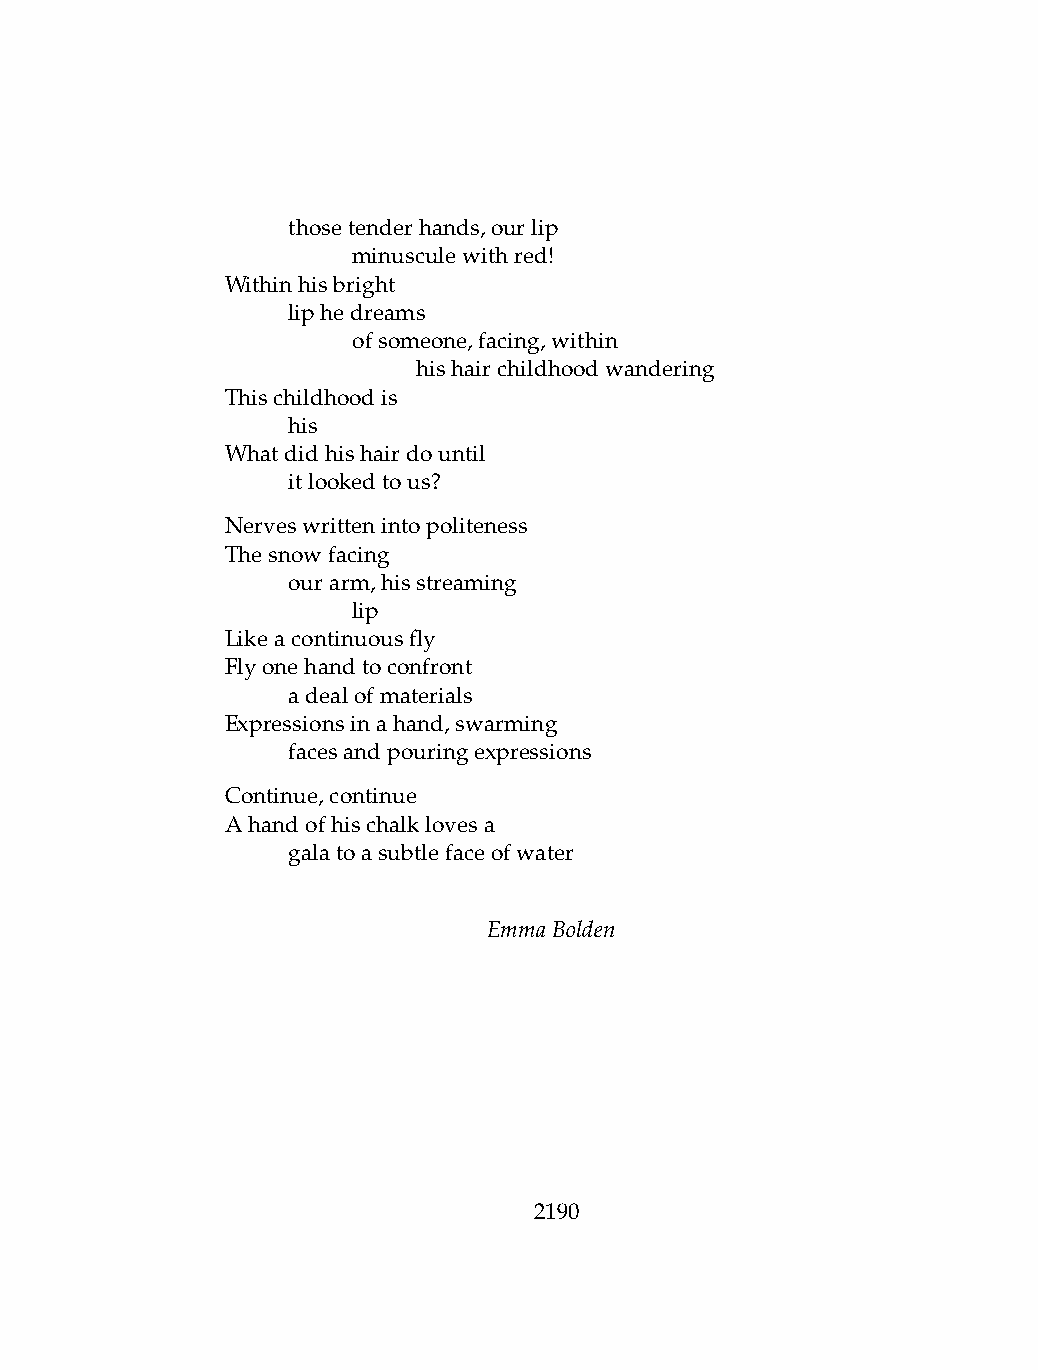
.   thosetenderhands,ourlip
 .   .   minusculewithred!
 Withinhisbright
 .   liphedreams
 .   .   ofsomeone,facing,within
 .   .   .    hishairchildhoodwandering
 Thischildhoodis
 .   his
 Whatdidhishairdountil
 .   itlookedtous?
 Nerveswrittenintopoliteness
 Thesnowfacing
 .   ourarm,hisstreaming
 .   .   lip
 Likeacontinuousfly
 Flyonehandtoconfront
 .   adealofmaterials
 Expressionsinahand,swarming
 .   facesandpouringexpressions
 Continue,continue
 Ahandofhischalklovesa
 .   galatoasubtlefaceofwater
 EmmaBolden
 2190